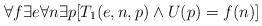
LaTeX: \begin{align*}\forall f \exists e \forall n \exists p [T_1(e,n,p) \wedge U(p)=f(n)]\end{align*}